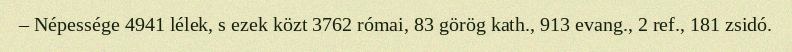
– Népessége 4941 lélek, s ezek közt 3762 római, 83 görög kath., 913 evang., 2 ref., 181 zsidó.